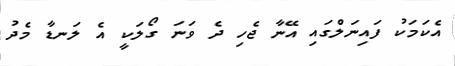
އެކަމަކު ފައިނަލްގައި އޭނާ ޖެހި ދެ ވަނަ ގޯލަކީ އެ ލަނޑާ މެދު